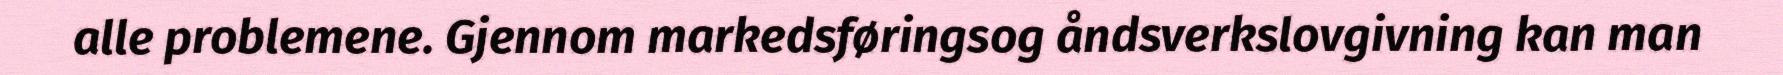
alle problemene. Gjennom markedsføringsog åndsverkslovgivning kan man